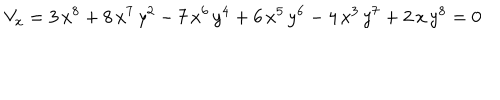
LaTeX: V _ { x } = 3 \, { x ^ { 8 } } + 8 \, { x ^ { 7 } } \, { y ^ { 2 } } - 7 \, { x ^ { 6 } } \, { y ^ { 4 } } + 6 \, { x ^ { 5 } } \, { y ^ { 6 } } - 4 \, { x ^ { 3 } } \, { y ^ { 7 } } + 2 \, x \, { y ^ { 8 } } = 0